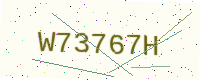
Text: W73767H